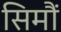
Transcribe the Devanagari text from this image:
सिमौं